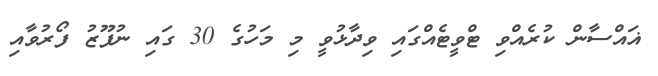
ޣައްސާން ކުރެއްވި ޓްވީޓެއްގައި ވިދާޅުވީ މި މަހުގެ 30 ގައި ނުފޫޒު ފޯރުވާއި